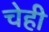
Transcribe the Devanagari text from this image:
चेही